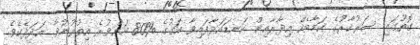
ގޮތުގައި ސަރުކާރުގެ ކަމާބެހޭ އިދާރާއިން ކަނޑައަޅާފައިވާ އަގުގެ %80 އަށްވުރެ އިތުރުނުވާ އަދަދެކެވެ.